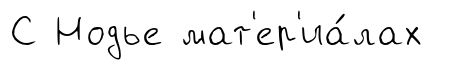
С Нодье мат'ер'иа́лах